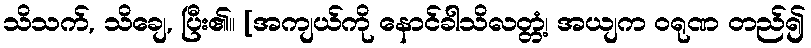
သိသက်, သိချေ, ပြီး၏။ [အကျယ်ကို နောင်ခါသိလတ္တံ့၊ အယျက ဝရုဏ တည်၍